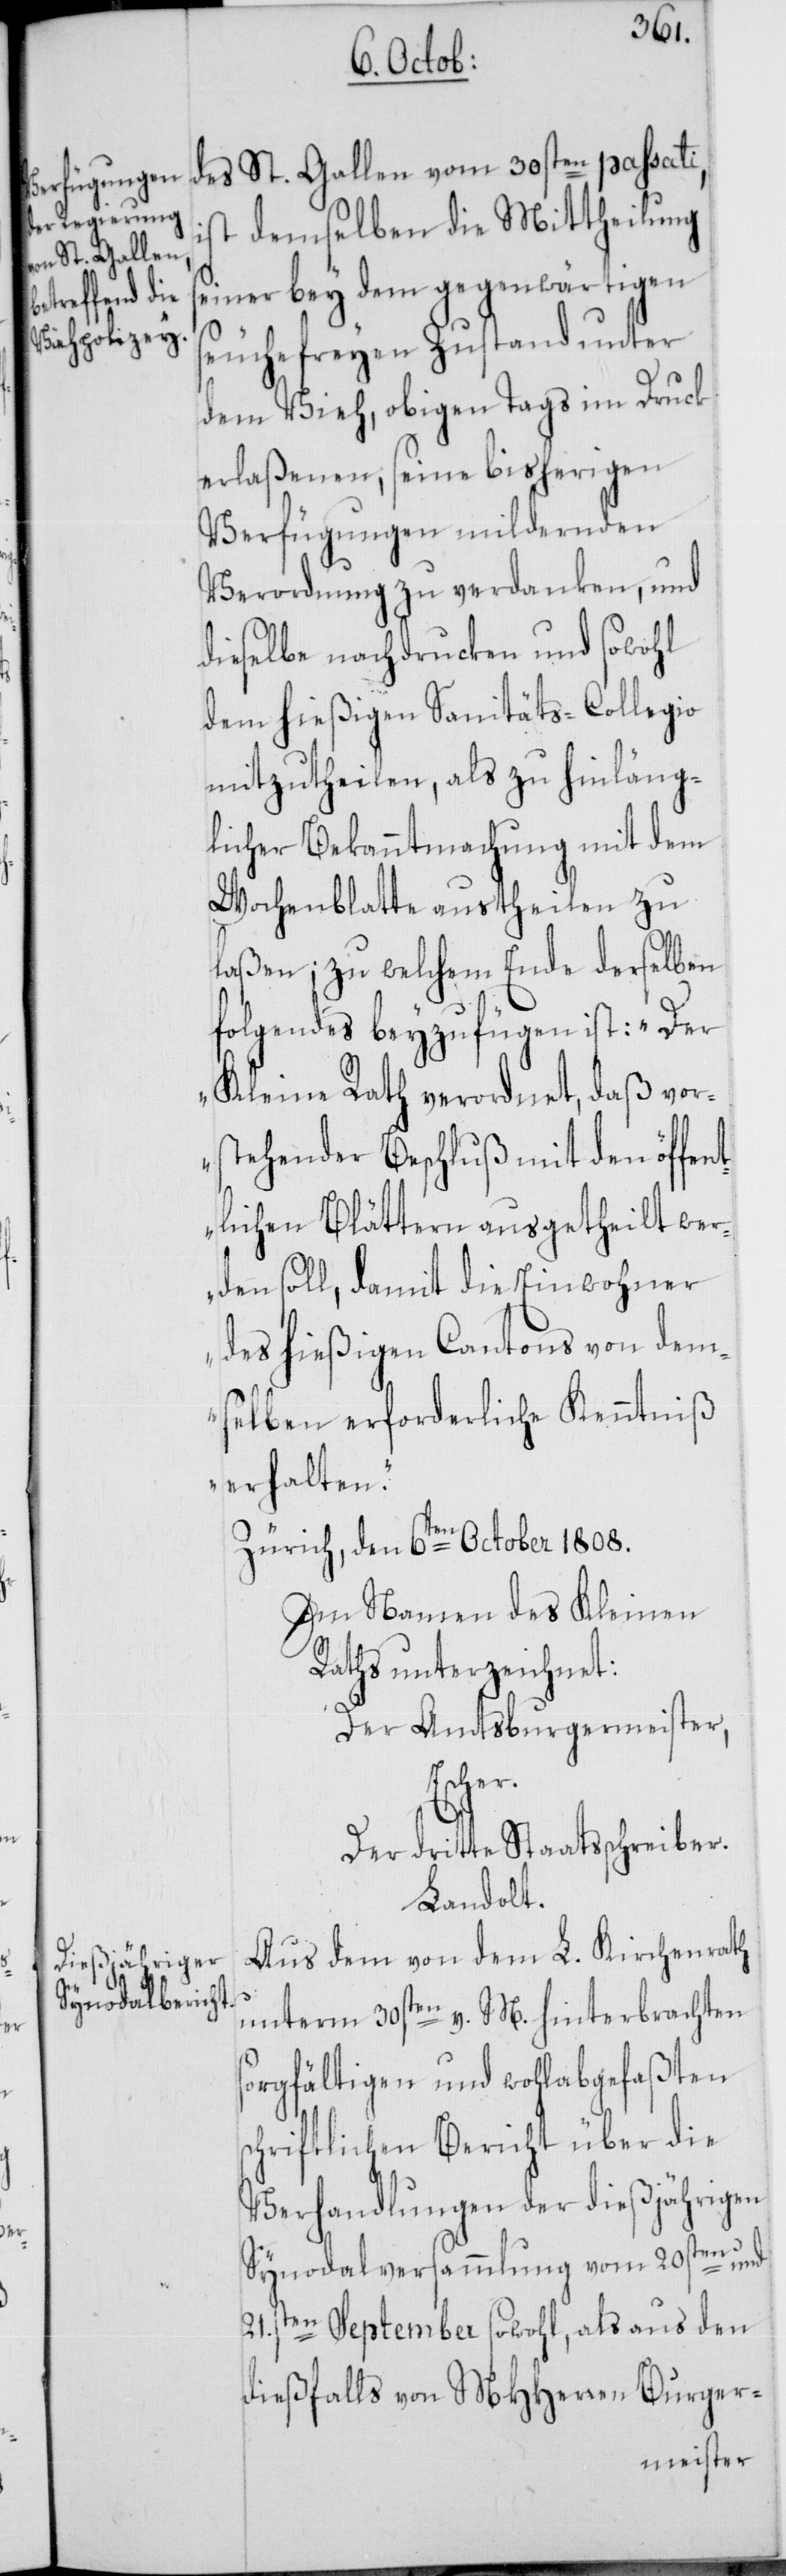
s¬

des St. Gallen vom 30sten passati,
demselben die Mittheilung
seiner bey dem gegenwärtigen
seuchefreyen Zustand unter
dem Vieh, obigen Tags im Druck
erlaßenen, seine bisherigen
Verfügungen mildernden
Verordnung zu verdanken, und
dieselbe nachdrucken und sowohl
dem hießigen Sanitäts-Collegio
mitzutheilen, als zu hinläng¬
licher Bekanntmachung mit dem
Wochenblatte austheilen zu
laßen; zu welchem Ende derselben
folgendes beyzufügen ist: „Der
Kleine Rath verordnet, daß vor¬
stehender Beschluß mit den öffen¬
tlichen Blättern ausgetheilt wer¬
den soll, damit die Einwohner
des hießigen Cantons von dem¬
selben erforderliche Kenntniß
erhalten.“
Zürich, den 6ten October 1808.
Im Namen des Kleinen
Raths unterzeichnet:
Der Amtsburgermeister,
Esche¬
Der dritte Staatsschreiber.
Landolt.
Aus dem von dem L. Kirchenrath
unterm 30sten v. M. hinterbrachten
sorgfältigen und wohlabgefaßten
chriftlichen Bericht über die
Verhandlungen der dießjährigen
Synodalversammlung vom 20sten und
21sten. September sowohl, als aus den
dießfalls von MHHerren Burger-